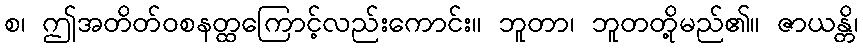
စ၊ ဤအတိတ်ဝစနတ္ထကြောင့်လည်းကောင်း။ ဘူတာ၊ ဘူတတို့မည်၏။ ဇာယန္တိ၊